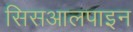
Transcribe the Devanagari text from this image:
सिसआलपाइन